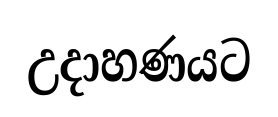
උදාහණයට